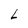
Character: L